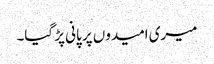
میری امیدوں پر پانی پڑ گیا۔